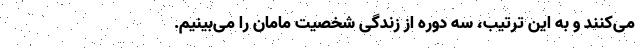
می‌کنند و به این ترتیب، سه دوره از زندگی شخصیت مامان را می‌بینیم.